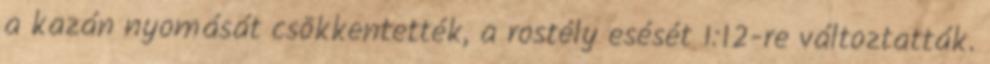
a kazán nyomását csökkentették, a rostély esését 1:12-re változtatták.